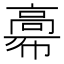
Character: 𩫒